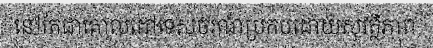
នៅតែជាគោលដៅទេសចរណ៍ប្រកបដោយសុវត្ថិភាព